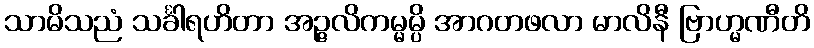
သာမိသညံ သင်္ခါရဟိတာ အဉ္ဇလိကမ္မမ္ပိ အာဂတဖလာ မာလိနီ ဗြာဟ္မဏီတိ